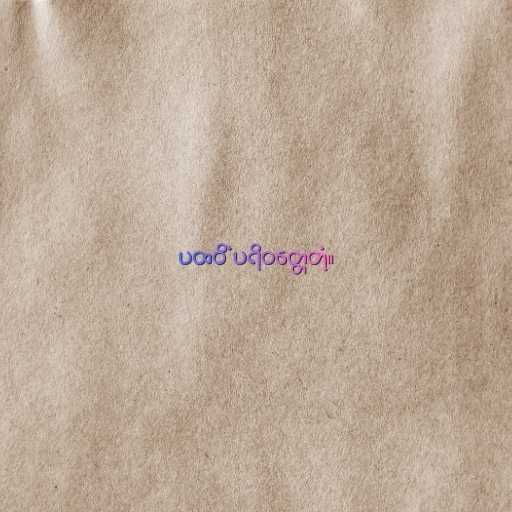
ပထဝိံ ပရိဝတ္တေတုံ။